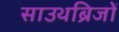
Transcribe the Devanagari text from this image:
साउथब्रिजों